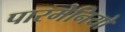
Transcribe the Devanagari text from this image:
पारमेनियो